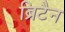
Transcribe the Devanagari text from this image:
ब्रिटैन